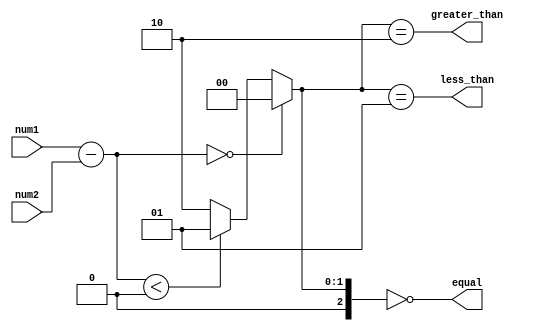
module unsigned_comparator(

    input [7:0] num1,
    input [7:0] num2,
    output reg equal,
    output reg less_than,
    output reg greater_than
);

reg [7:0] diff;
reg [2:0] flag;

always @ (num1 or num2) begin
    diff = num1 - num2;

    if (diff == 0) begin
        flag = 3'b000; // equal
    end else if (diff < 0) begin
        flag = 3'b001; // less than
    end else begin
        flag = 3'b010; // greater than
    end
end

assign equal = (flag == 3'b000);
assign less_than = (flag == 3'b001);
assign greater_than = (flag == 3'b010);

endmodule